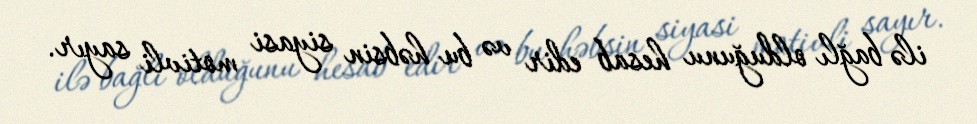
ilə bağlı olduğunu hesab edir və bu həbsin siyasi motivli sayır.